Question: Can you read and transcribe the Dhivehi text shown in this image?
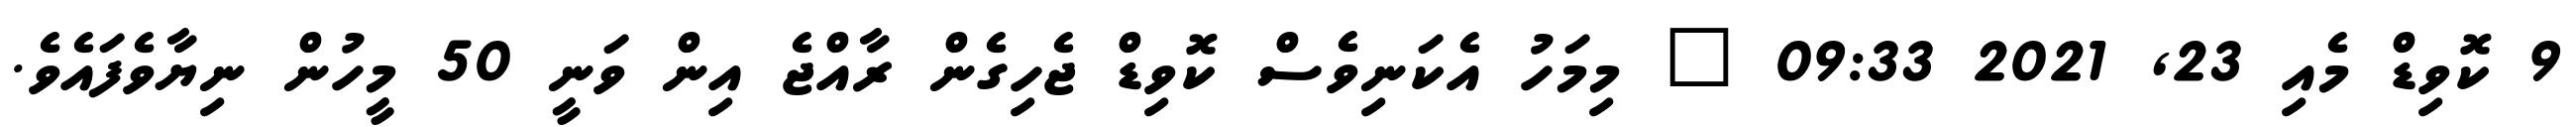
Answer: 9 ކޮވިޑް މެއި 23, 2021 09:33 " މިމަހު އެކަނިވެސް ކޮވިޑް ޖެހިގެން ރާއްޖެ އިން ވަނީ 50 މީހުން ނިޔާވެފައެވެ.